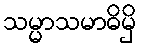
သမ္မာသမာဓိမှိ